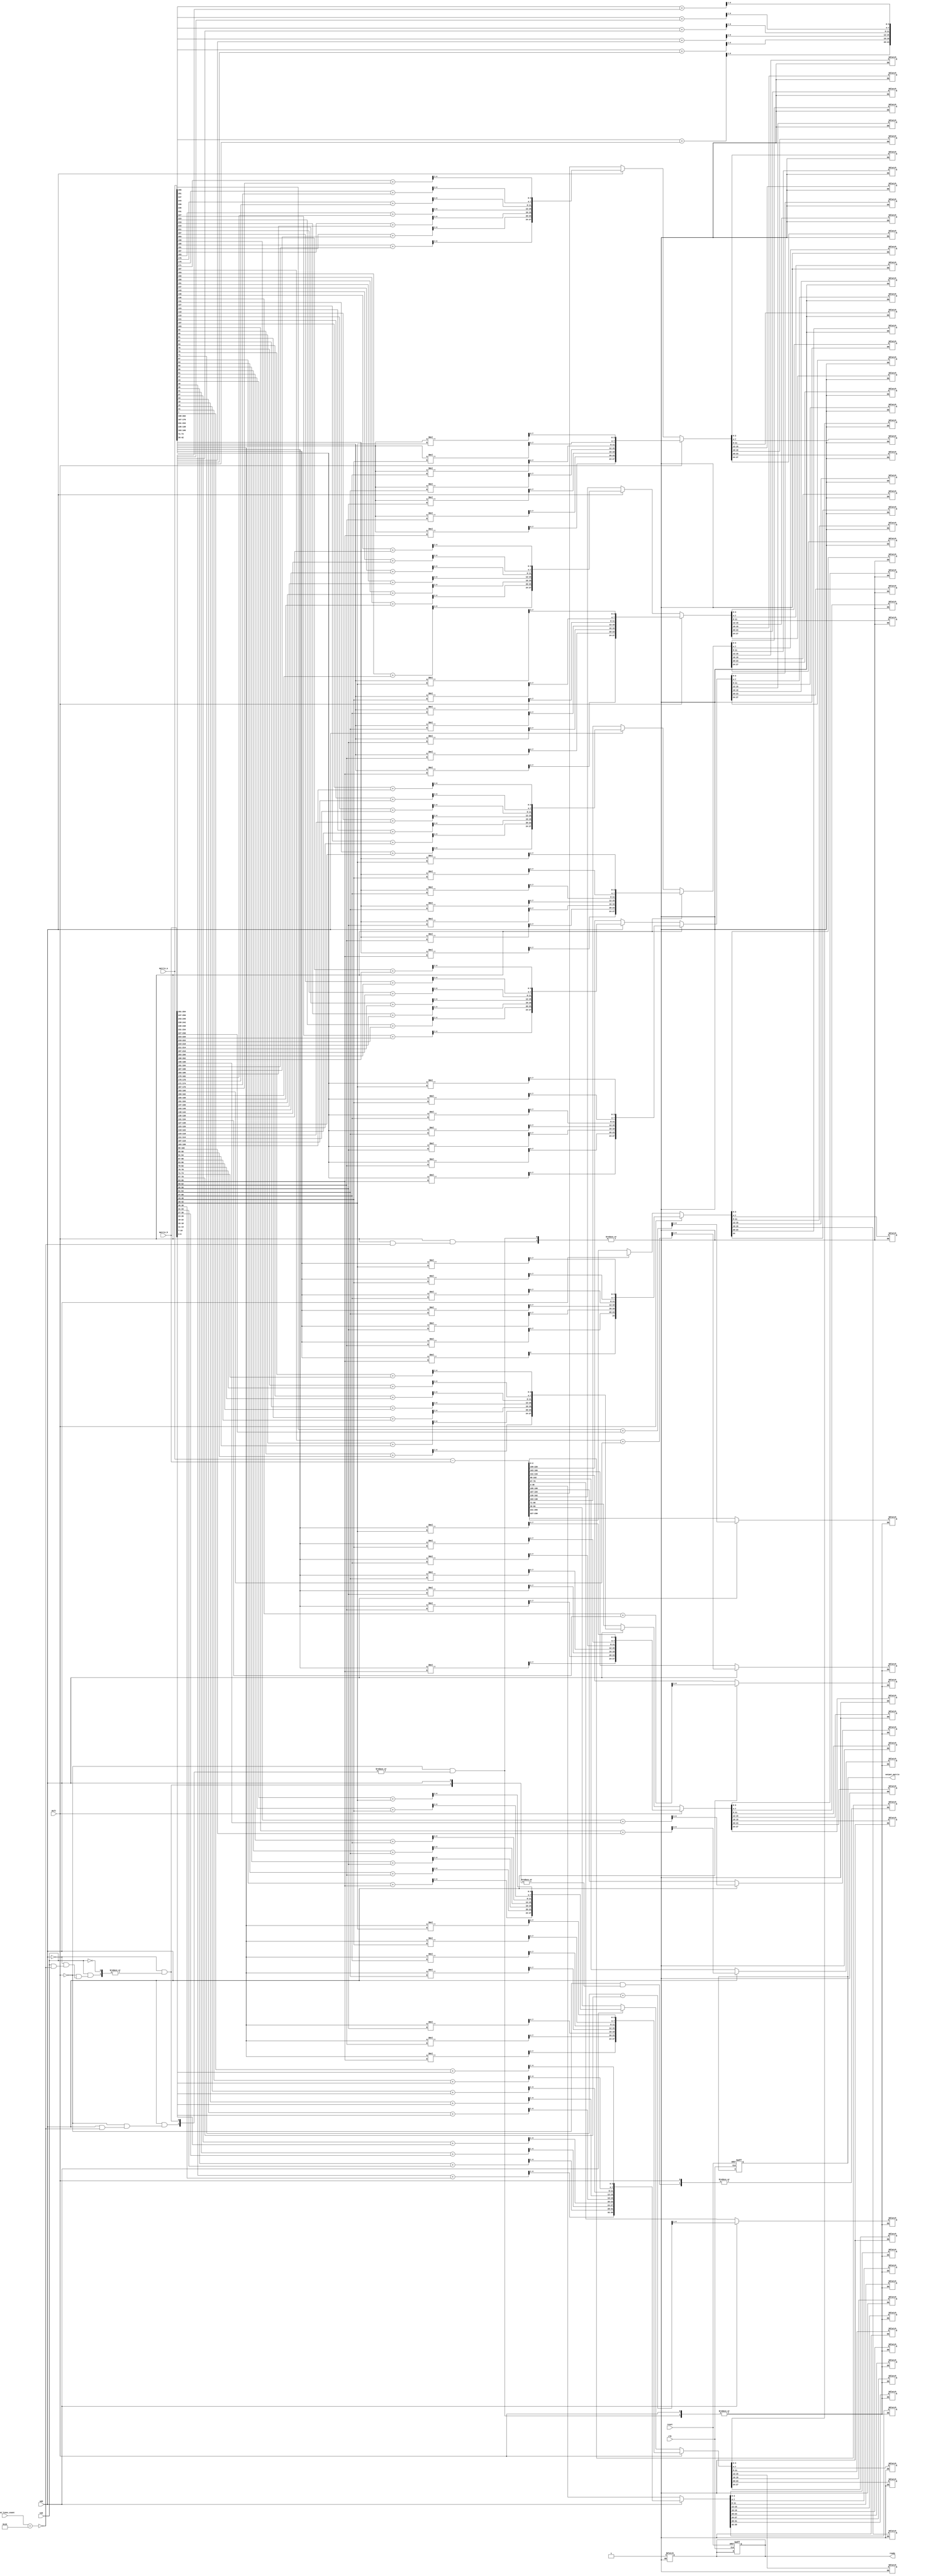
module arithmatic_unit(
    input clk,
    input reset,
    input [7:0] readed_lines_count,
    input [255:0] matrix_a,
    input [255:0] matrix_b,
    input mult,
    input add,
    input sub,

    output reg ready,
    output reg [255:0] output_matrix

);


reg cout;
reg [3:0] mult_out;
integer i, j, k;

always @(clk)
begin
    case (1)
        mult: begin
            if (readed_lines_count == 16)
                begin
                for (i = 0; i < 7; i = i + 1) begin
                   for (j = 0; j < 7; j = j + 1) begin
                       for (k = 0; k < 7; k = k + 1) begin
                           {output_matrix[(255 - ((i * 32) + (j * 4)))+:4], mult_out} = matrix_a[(255 - ((i * 32) + (k * 4)))+:4] * matrix_b[(255 - ((k * 32) + (j * 4)))+:4];
                       end
                   end 
                end
                ready = 1;
            end
        end
        add: begin
            if (readed_lines_count == 16) begin
                for (i = 0; i < 64; i = i + 1) begin
                    {output_matrix[(255 - (4 * i))+:4], cout} = matrix_a[(255 - (4 * i))+4] + matrix_b[(255 - (4 * i))+:4];
                end
                ready = 1;
            end
        end
        sub: begin
            if (readed_lines_count == 16) begin
                output_matrix = matrix_a - matrix_b;
                ready = 1;
            end
        end
    endcase
end


always @(posedge clk or posedge reset) begin
    if (reset == 1)begin
        output_matrix = 0;
        ready = 0;
    end
end

endmodule